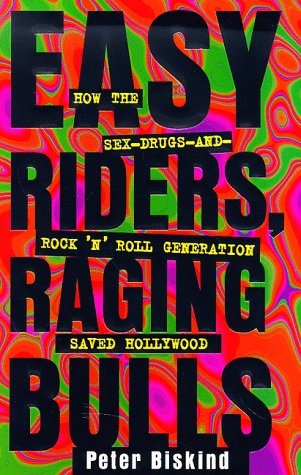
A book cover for Easy Riders Raging Bulls: How the Sex-Drugs-And Rock 'N Roll Generation Saved Hollywood; Peter Biskind; Biographies & Memoirs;